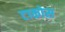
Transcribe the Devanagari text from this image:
टाकोस